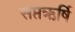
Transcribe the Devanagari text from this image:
सप्तऋर्षि